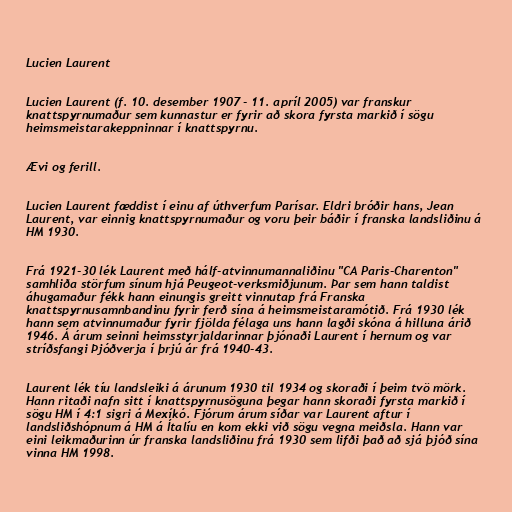
Lucien Laurent

Lucien Laurent (f. 10. desember 1907 - 11. apríl 2005) var franskur
knattspyrnumaður sem kunnastur er fyrir að skora fyrsta markið í sögu
heimsmeistarakeppninnar í knattspyrnu.

Ævi og ferill.

Lucien Laurent fæddist í einu af úthverfum Parísar. Eldri bróðir hans, Jean
Laurent, var einnig knattspyrnumaður og voru þeir báðir í franska landsliðinu á
HM 1930.

Frá 1921-30 lék Laurent með hálf-atvinnumannaliðinu "CA Paris-Charenton"
samhliða störfum sínum hjá Peugeot-verksmiðjunum. Þar sem hann taldist
áhugamaður fékk hann einungis greitt vinnutap frá Franska
knattspyrnusamnbandinu fyrir ferð sína á heimsmeistaramótið. Frá 1930 lék
hann sem atvinnumaður fyrir fjölda félaga uns hann lagði skóna á hilluna árið
1946. Á árum seinni heimsstyrjaldarinnar þjónaði Laurent í hernum og var
stríðsfangi Þjóðverja í þrjú ár frá 1940-43.

Laurent lék tíu landsleiki á árunum 1930 til 1934 og skoraði í þeim tvö mörk.
Hann ritaði nafn sitt í knattspyrnusöguna þegar hann skoraði fyrsta markið í
sögu HM í 4:1 sigri á Mexíkó. Fjórum árum síðar var Laurent aftur í
landsliðshópnum á HM á Ítalíu en kom ekki við sögu vegna meiðsla. Hann var
eini leikmaðurinn úr franska landsliðinu frá 1930 sem lifði það að sjá þjóð sína
vinna HM 1998.